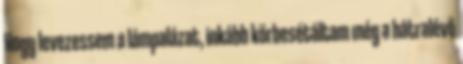
Hogy levezessem a lámpalázat, inkább körbesétáltam még a hátralévő